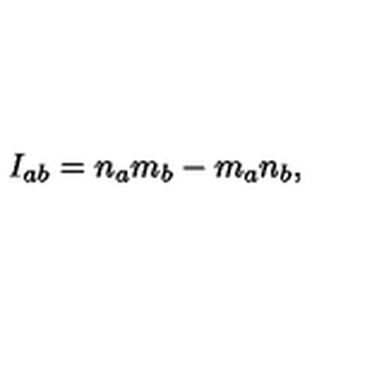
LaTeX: I _ { a b } = n _ { a } m _ { b } - m _ { a } n _ { b } ,